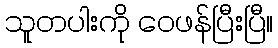
သူတပါးကို ဝေဖန်ပြီးပြီ။